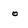
Character: o